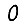
Digit: 0